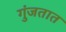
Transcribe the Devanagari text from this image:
गुंजतात